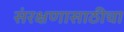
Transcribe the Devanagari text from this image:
संरक्षणासाठीचा